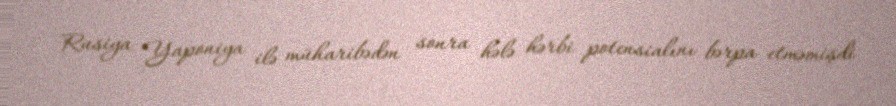
Rusiya Yaponiya ilə müharibədən sonra hələ hərbi potensialını bərpa etməmişdi